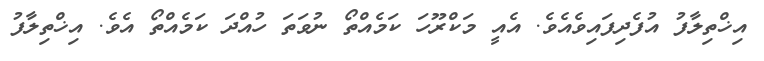
އިޚްތިލާފު އުފެދިފައިވެއެވެ. އެއީ މަކްރޫހަ ކަމެއްތޯ ނުވަތަ ހުއްދަ ކަމެއްތޯ އެވެ. އިޚްތިލާފު